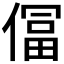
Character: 𫣕